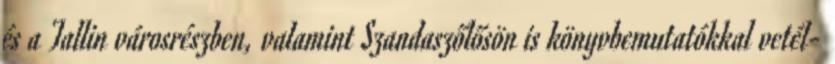
és a Tallin városrészben, valamint Szandaszőlősön is könyvbemutatókkal vetél-